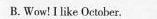
B.Wow! I like October.